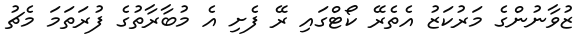
ޒުވާނުންގެ މަރުކަޒު އެތެރޭ ކޯޓްގައި ރޭ ފެށި އެ މުބާރާތުގެ ފުރަތަމަ މެޗު